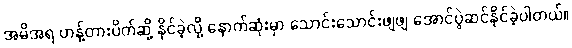
အမိအရ ဟန့်တားပိတ်ဆို့ နိုင်ခဲ့လို့ နောက်ဆုံးမှာ သောင်းသောင်းဖျဖျ အောင်ပွဲဆင်နိုင်ခဲ့ပါတယ်။